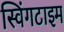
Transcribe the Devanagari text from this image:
स्विंगटाइम